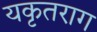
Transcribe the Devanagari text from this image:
यकृतराग